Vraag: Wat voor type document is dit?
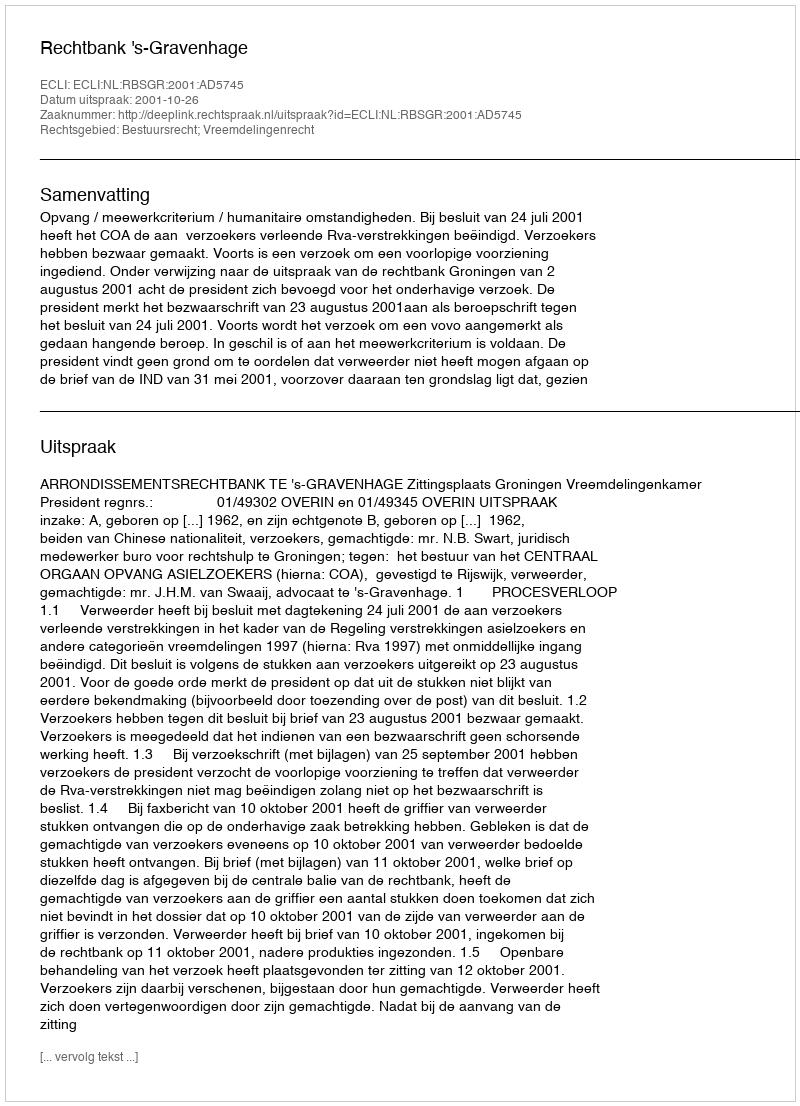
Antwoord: Uitspraak